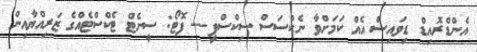
އެންޑްރޮއިޑް ޑިވައިސް އެއް ކަމަށްވާ ނެކްސަސް ސިކްސްޕީ--- ފޮޓޯ: ސީނެޓް ޓެކްސްޓެއްގެ ޒަރިއްޔާއިން